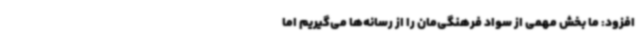
افزود: ما بخش مهمی از سواد فرهنگی‌مان را از رسانه‌ها می‌گیریم اما